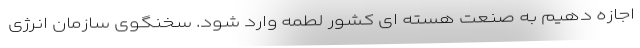
اجازه دهیم به صنعت هسته ای کشور لطمه وارد شود. سخنگوی سازمان انرژی